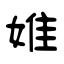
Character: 婎